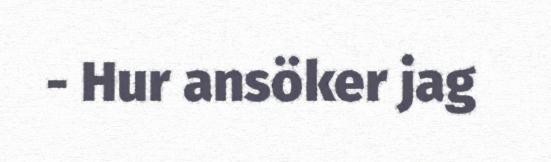
- Hur ansöker jag